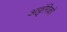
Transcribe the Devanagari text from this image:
अठ्ठ्ंगिको